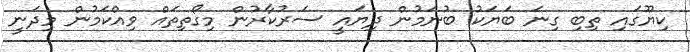
ކިޔޫގައި ތިބި ގިނަ ބަޔަކު ބުނަމުން ދިޔައީ ސަރުކާރުން މިގޯތިތައް ވިއްކަމުން މިދަނީ